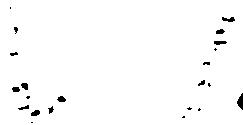
八